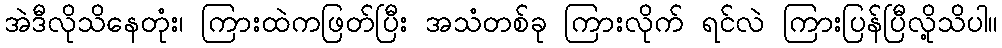
အဲဒီလိုသိနေတုံး၊ ကြားထဲကဖြတ်ပြီး အသံတစ်ခု ကြားလိုက် ရင်လဲ ကြားပြန်ပြီလို့သိပါ။